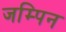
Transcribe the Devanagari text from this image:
जम्पिन